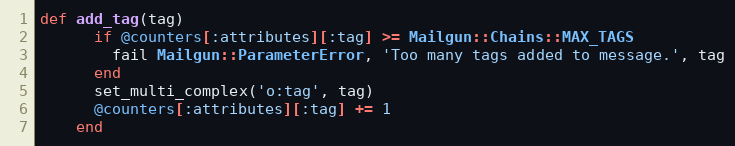
Language: Ruby
def add_tag(tag)
      if @counters[:attributes][:tag] >= Mailgun::Chains::MAX_TAGS
        fail Mailgun::ParameterError, 'Too many tags added to message.', tag
      end
      set_multi_complex('o:tag', tag)
      @counters[:attributes][:tag] += 1
    end